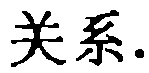
关系.